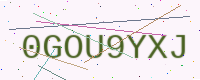
Text: 0GOU9YXJ